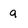
Character: a